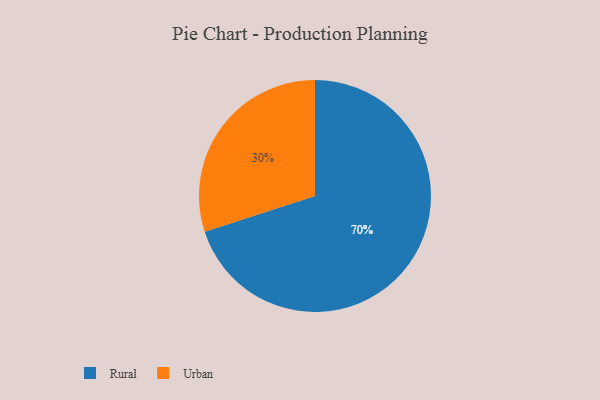
{"axis": {"x": "Category", "y": "Percentage"}, "legend": ["Rural", "Urban"], "data": [{"x": "Rural", "y": 70, "type": "Rural"}, {"x": "Urban", "y": 30, "type": "Urban"}]}